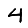
Digit: 4